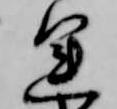
運